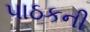
પાઠકની